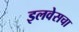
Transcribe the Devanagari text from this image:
इलवेसचा